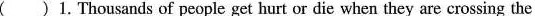
( ) 1. Thousands of people get hurt or die when they are crossing the